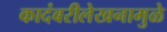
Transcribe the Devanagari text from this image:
कादंबरीलेखनामुळे